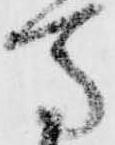
馬